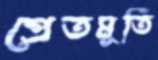
প্রেতমূর্তি